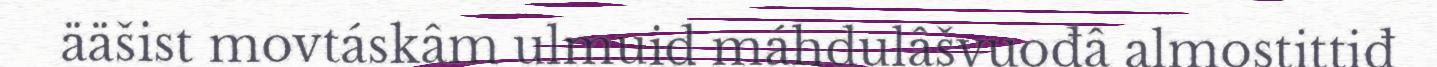
ääšist movtáskâm ulmuid máhdulâšvuođâ almostittiđ